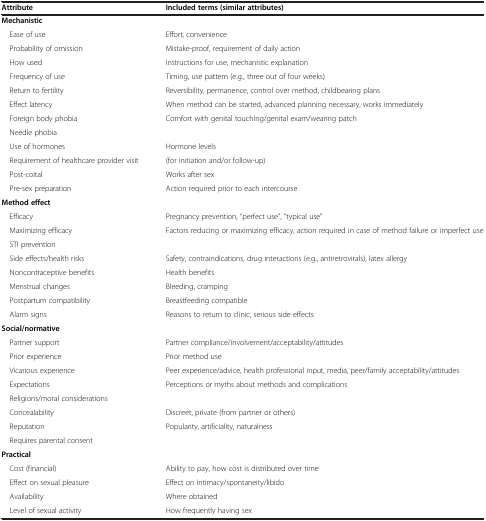
| Attribute | Included terms (similar attributes) |
 | --- | --- |
 | <COLSPAN=2> Mechanistic |
 | Ease of use | Effort, convenience |
 | Probability of omission | Mistake-proof, requirement of daily action |
 | How used | Instructions for use, mechanistic explanation |
 | Frequency of use | Timing, use pattern (e.g., three out of four weeks) |
 | Return to fertility | Reversibility, permanence, control over method, childbearing plans |
 | Effect latency | When method can be started, advanced planning necessary, works immediately |
 | Foreign body phobia | Comfort with genital touching/genital exam/wearing patch |
 | Needle phobia |  |
 | Use of hormones | Hormone levels |
 | Requirement of healthcare provider visit | (for initiation and/or follow-up) |
 | Post-coital | Works after sex |
 | Pre-sex preparation | Action required prior to each intercourse |
 | <COLSPAN=2> Method effect |
 | Efficacy | Pregnancy prevention, “perfect use”, “typical use” |
 | Maximizing efficacy | Factors reducing or maximizing efficacy, action required in case of method failure or imperfect use |
 | STI prevention |  |
 | Side effects/health risks | Safety, contraindications, drug interactions (e.g., antiretrovirals), latex allergy |
 | Noncontraceptive benefits | Health benefits |
 | Menstrual changes | Bleeding, cramping |
 | Postpartum compatibility | Breastfeeding compatible |
 | Alarm signs | Reasons to return to clinic, serious side effects |
 | <COLSPAN=2> Social/normative |
 | Partner support | Partner compliance/involvement/acceptability/attitudes |
 | Prior experience | Prior method use |
 | Vicarious experience | Peer experience/advice, health professional input, media, peer/family acceptability/attitudes |
 | Expectations | Perceptions or myths about methods and complications |
 | Religions/moral considerations |  |
 | Concealability | Discreet, private (from partner or others) |
 | Reputation | Popularity, artificiality, naturalness |
 | Requires parental consent |  |
 | <COLSPAN=2> Practical |
 | Cost (financial) | Ability to pay, how cost is distributed over time |
 | Effect on sexual pleasure | Effect on intimacy/spontaneity/libido |
 | Availability | Where obtained |
 | Level of sexual activity | How frequently having sex |